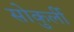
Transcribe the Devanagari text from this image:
सोकुर्ली